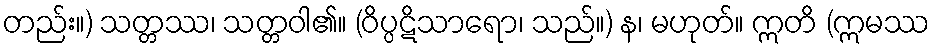
တည်း။) သတ္တဿ၊ သတ္တဝါ၏။ (ဝိပ္ပဋိသာရော၊ သည်။) န၊ မဟုတ်။ ဣတိ (ဣမဿ